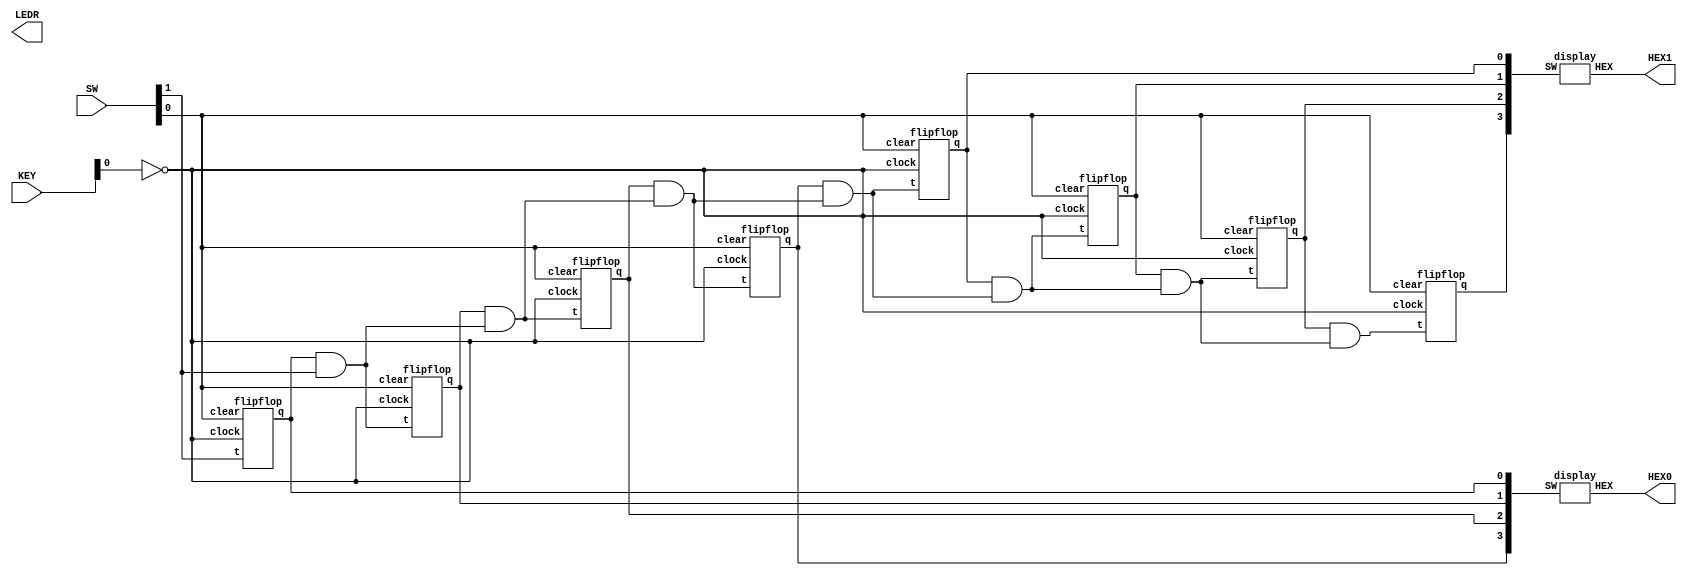
module counter(input [9:0]SW, input [3:0]KEY, output [6:0]HEX0, output [6:0]HEX1, output [9:0]LEDR);
	wire [7:0]w;
	wire nd, nd1, nd2, nd3, nd4, nd5, nd6, nd7;
	
	flipflop u0 (SW[1], SW[0], ~KEY[0], w[0]);
	assign nd = w[0] & SW[1];
	
	flipflop u1 (nd, SW[0], ~KEY[0], w[1]);
	assign nd1 = w[1] & nd;
	
	flipflop u2 (nd1, SW[0], ~KEY[0], w[2]);
	assign nd2 = w[2] & nd1;
	
	flipflop u3 (nd2, SW[0], ~KEY[0], w[3]);
	assign nd3 = w[3] & nd2;
	
	flipflop u4 (nd3, SW[0], ~KEY[0], w[4]);
	assign nd4 = w[4] & nd3;
	
	flipflop u5 (nd4, SW[0], ~KEY[0], w[5]);
	assign nd5 = w[5] & nd4;
	
	flipflop u6 (nd5, SW[0], ~KEY[0], w[6]);
	assign nd6 = w[6] & nd5;
	
	flipflop u7 (nd6, SW[0], ~KEY[0], w[7]);
	
	display u8 (w[3:0], HEX0);
	display u9 (w[7:4], HEX1);
endmodule

module flipflop(input t, clear, clock, output reg q);
	wire w;
	assign w = t ^ q;
	always @ (posedge clock)
		begin
			if (!clear)
				q<=1'b0;
			else
				q<=w;
		end
endmodule

module display(input [3:0]SW, output [6:0]HEX);
	 assign HEX[0]= (~SW[3]&~SW[2]&~SW[1]&SW[0])+(~SW[3]&SW[2]&~SW[1]&~SW[0])+(SW[3]&~SW[2]&SW[1]&SW[0])+(SW[3]&SW[2]&~SW[1]&SW[0]);
	 assign HEX[1]=(~SW[3]&SW[2]&~SW[1]&SW[0])+(~SW[3]&SW[2]&SW[1]&~SW[0])+(SW[3]&~SW[2]&SW[1]&SW[0])+(SW[3]&SW[2]&~SW[1]&~SW[0])+(SW[3]&SW[2]&SW[1]&~SW[0])+(SW[3]&SW[2]&SW[1]&SW[0]);
	 assign HEX[2]=(~SW[3]&~SW[2]&SW[1]&~SW[0])+(SW[3]&SW[2]&~SW[1]&~SW[0])+(SW[3]&SW[2]&SW[1]&~SW[0])+(SW[3]&SW[2]&SW[1]&SW[0]);
	 assign HEX[3]=(~SW[3]&~SW[2]&~SW[1]&SW[0])+(~SW[3]&SW[2]&~SW[1]&~SW[0])+(~SW[3]&SW[2]&SW[1]&SW[0])+(SW[3]&~SW[2]&SW[1]&~SW[0])+(SW[3]&SW[2]&SW[1]&SW[0]);
	 assign HEX[4]=(~SW[3]&~SW[2]&~SW[1]&SW[0])+(~SW[3]&~SW[2]&SW[1]&SW[0])+(~SW[3]&SW[2]&~SW[1]&~SW[0])+(~SW[3]&SW[2]&~SW[1]&SW[0])+(~SW[3]&SW[2]&SW[1]&SW[0])+(SW[3]&~SW[2]&~SW[1]&SW[0]);
	 assign HEX[5]=(~SW[3]&~SW[2]&~SW[1]&SW[0])+(~SW[3]&~SW[2]&SW[1]&~SW[0])+(~SW[3]&~SW[2]&SW[1]&SW[0])+(~SW[3]&SW[2]&SW[1]&SW[0])+(SW[3]&SW[2]&~SW[1]&SW[0]);
	 assign HEX[6]=(~SW[3]&~SW[2]&~SW[1]&SW[0])+(~SW[3]&SW[2]&SW[1]&SW[0])+(SW[3]&SW[2]&~SW[1]&~SW[0])+(~SW[3]&~SW[2]&~SW[1]&~SW[0]);
endmodule